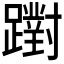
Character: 𨆷